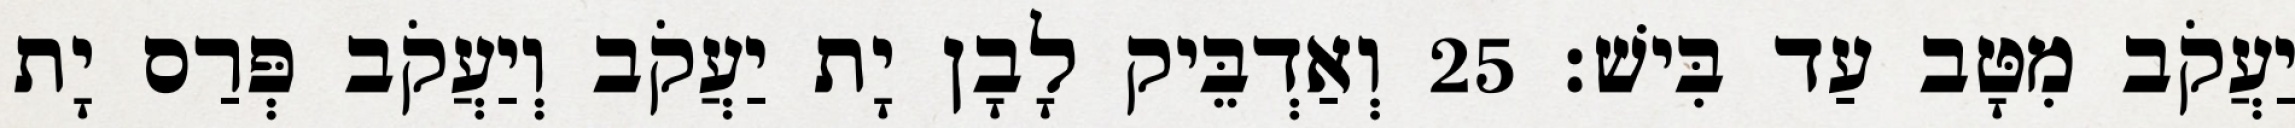
יַעֲקֹב מִטָּב עַד בִּישׁ׃ 25 וְאַדְבֵּיק לָבָן יָת יַעֲקֹב וְיַעֲקֹב פְּרַס יָת